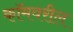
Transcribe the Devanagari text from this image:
कॉमवरील